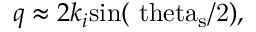
q \approx 2 k _ { i } \mathrm { s i n ( \ t h e t a _ { s } / 2 ) } ,